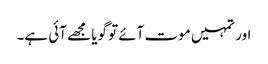
اور تمہیں موت آئے تو گویا مجھے آئی ہے۔